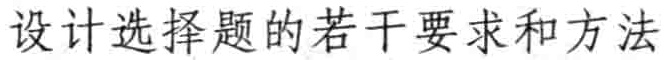
设计选择题的若干要求和方法